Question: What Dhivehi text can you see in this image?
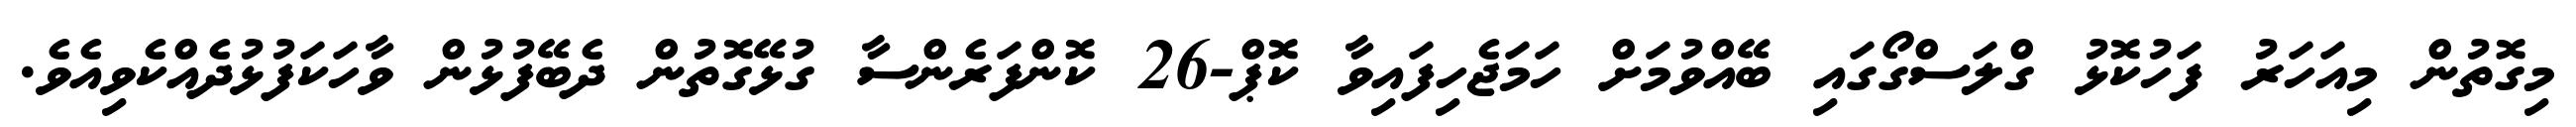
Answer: މިގޮތުން މިއަހަރު ފަހުކޮޅު ގްލަސްގޯގައި ބޭއްވުމަށް ހަމަޖެހިފައިވާ ކޮޕް-26 ކޮންފަރެންސާ ގުޅޭގޮތުން ދެބޭފުޅުން ވާހަކަފުޅުދެއްކެވިއެވެ.